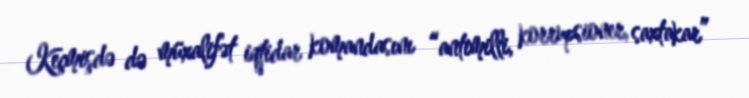
Keçmişdə də müxalifət iqtidar komandasını “antimilli, korrupsioner, saxtakar”